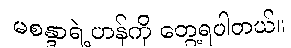
မစန္ဒာရဲ့ဟန်ကို တွေ့ရပါတယ်။